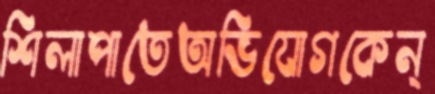
শিলাপাতেঅভিযোগকেন্